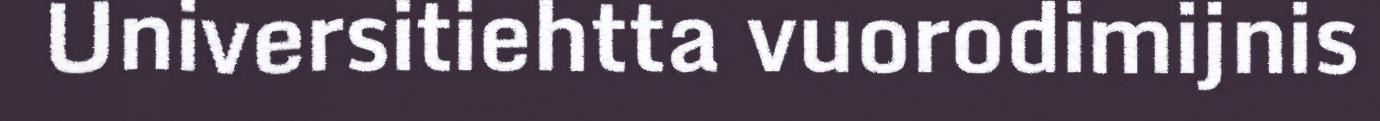
Universitiehtta vuorodimijnis